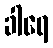
ခါရေ